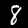
Label: 8